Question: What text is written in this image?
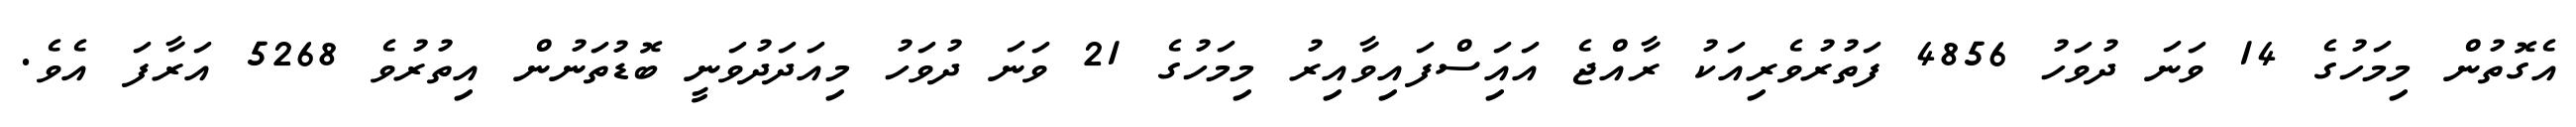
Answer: އެގޮތުން މިމަހުގެ 14 ވަނަ ދުވަހު 4856 ފަތުރުވެރިއަކު ރާއްޖެ އައަިސްފައިވާއިރު މިމަހުގެ 21 ވަނަ ދުވަހު މިއަދަދުވަނީ ބޮޑުތަނުން އިތުރުވެ 5268 އަރާފަ އެވެ.